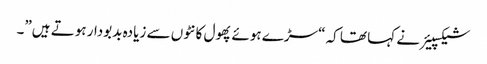
شیکسپیئر نے کہا تھا کہ “سڑے ہوئے پھول کانٹوں سے زیادہ بدبودار ہوتے ہیں”۔